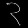
Digit: ၃